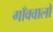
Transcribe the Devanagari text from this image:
गाँववालो